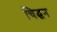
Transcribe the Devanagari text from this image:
चिद्घन